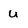
Character: u